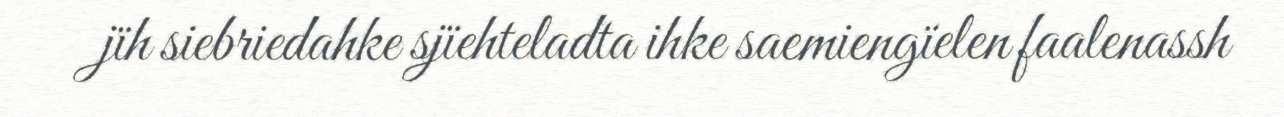
jïh siebriedahke sjïehteladta ihke saemiengïelen faalenassh